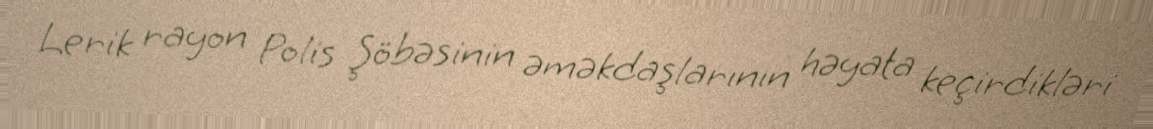
Lerik rayon Polis Şöbəsinin əməkdaşlarının həyata keçirdikləri